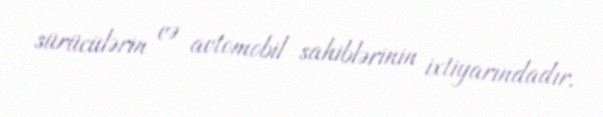
sürücülərin və avtomobil sahiblərinin ixtiyarındadır.